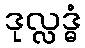
ဒုလ္လဒ္ဓံ